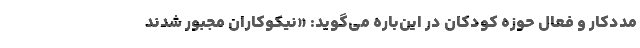
مددکار و فعال حوزه کودکان در این‌باره می‌گوید: «نیکوکاران مجبور شدند